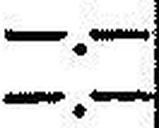
—.—